Report of the Municipal Commissioner on the plague in Bombay for the year ending 31st May... - Volume 2
Disease focus: Plague
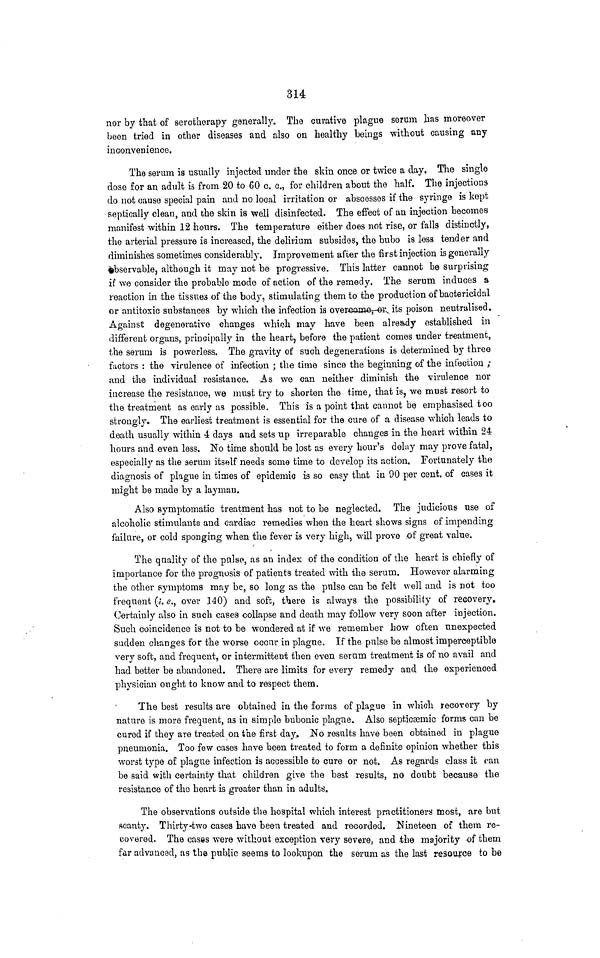
314
nor by that of serotherapy generally. The curative plague serum lias moreover
been tried in other diseases and also on healthy beings -without causing any
inconvenience.
The serum is usually injected under the skin once or twice a day. The single
dose for an adult is from 20 to 60 c. c., for children about the half. The injections
do not cause special pain and no local irritation or abscesses if the syringe is kept
septically clean, and fche skin is well disinfected. The effect of an injection becomes
manifest within 12 hours. The temperature either does not rise, or falls distinctly,
the arterial pressure is increased, the delirium subsides, the bubo is loss tender and
diminishes sometimes considerably. Improvement after the first injection is generally
observable, although it may not be progressive. This latter cannot be surprising
if we consider the probable mode of action of the remedy. The serum induces a
reaction in the tissues of the body, stimulating them to the production of bactericidal
or antitoxic substances by which the infection is overcome, or its poison neutralised.
Against degenerative changes which may have been already established in
different organs, principally in the heart, before the patient comes under treatment,
the serum is powerless. The gravity of such degenerations is determined by three
factors : the virulence of infection ; the time since the beginning of the infection ;
and the individual resistance. As we can neither diminish the virulence nor
increase the resistance, we must try to shorten the time, that is, we must resort to
the treatment as early as possible. This is a point that cannot be emphasised too
strongly. The earliest treatment is essential for the cure of a disease which leads to
death usually within 4 days and sets up irreparable changes in the heart within 24
hours and even less. No time should be lost as every hour's delay may prove fatal,
especially as the serum itself needs some time to develop its action. Fortunately the
diagnosis of plague in times of epidemic is so easy that in 00 per cent, of cases it
might be made by a layman.
Also symptomatic treatment has not to be neglected. The judicious nse of
alcoholic stimulants and cardiac remedies when the heart shows signs of impending
failure, or cold sponging when the fever is very high, will prove of great value.
The quality of the pulse, as an index of the condition of the heart is chiefly of
importance for the prognosis of patients treated with the serum. However alarming
the other symptoms may be, so long as the pulse can be felt well and is not too
frequent (l. <?., over 140) and soft, tliere is always the possibility of recovery.
Certainly also in such eases oollapse and death may follow very soon after injection.
Such coincidence is not to be wondered at if we remember how often unexpected
sudden changes for the worse occur in plague. If the pulse be almost imperceptible
very soft, and frequent, or intermittent then even serum treatment is of no avail and
had better be abandoned. There are limits for every remedy and the experienced
physician ought to know and to respect them.
The best results are obtained in the forms of plague in which recovery by
nature is more frequent, as in simple bubonic plague. Also septicsemic forms can be
cured if they are treated on the first day. No results have been obtained in plague
pneumonia. Too few cases have been treated to form a definite opinion whether this
worst type of plague infection is accessible to cure or not. As regards class it can
be said with certainty that children give the best results, no doubt because the
resistance of the heart is greater than in adults.
The observations outside the hospital which interest practitioners most, are but
scanty. Thirty-two cases have been treated and recorded. Nineteen of them re-
covered. The cases were without exception very severe,, and the majority .of them
far advanced, as the public seems to lookupon the serum as the last resource to be